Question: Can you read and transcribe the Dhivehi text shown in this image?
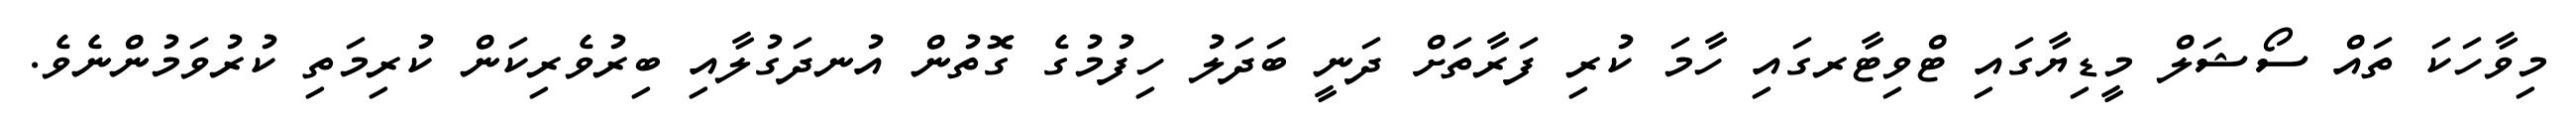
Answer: މިވާހަކަ ތައް ސޯޝަލް މީޑިޔާގައި ޓްވިޓާރގައި ހާމަ ކުރި ފަރާތަށް ދަނީ ބަދަލު ހިފުމުގެ ގޮތުން އުނދަގުލާއި ބިރުވެރިކަން ކުރިމަތި ކުރުވަމުންނެވެ.